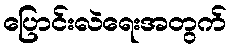
ပြောင်းလဲရေးအတွက်